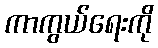
ကာကွယ်ရေးကို